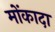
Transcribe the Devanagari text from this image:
मोंकादा